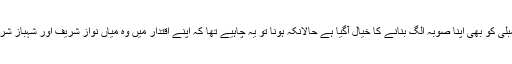
اب جنوبی پنجاب کے اراکین اسمبلی کو بھی اپنا صوبہ الگ بنانے کا خیال آگیا ہے حالانکہ ہونا تو یہ چاہیے تھا کہ اپنے اقتدار میں وہ میاں نواز شریف اور شہباز شریف سے صوبے کی بات کرتے۔